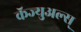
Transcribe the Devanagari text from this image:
कॅज्युअल्स्